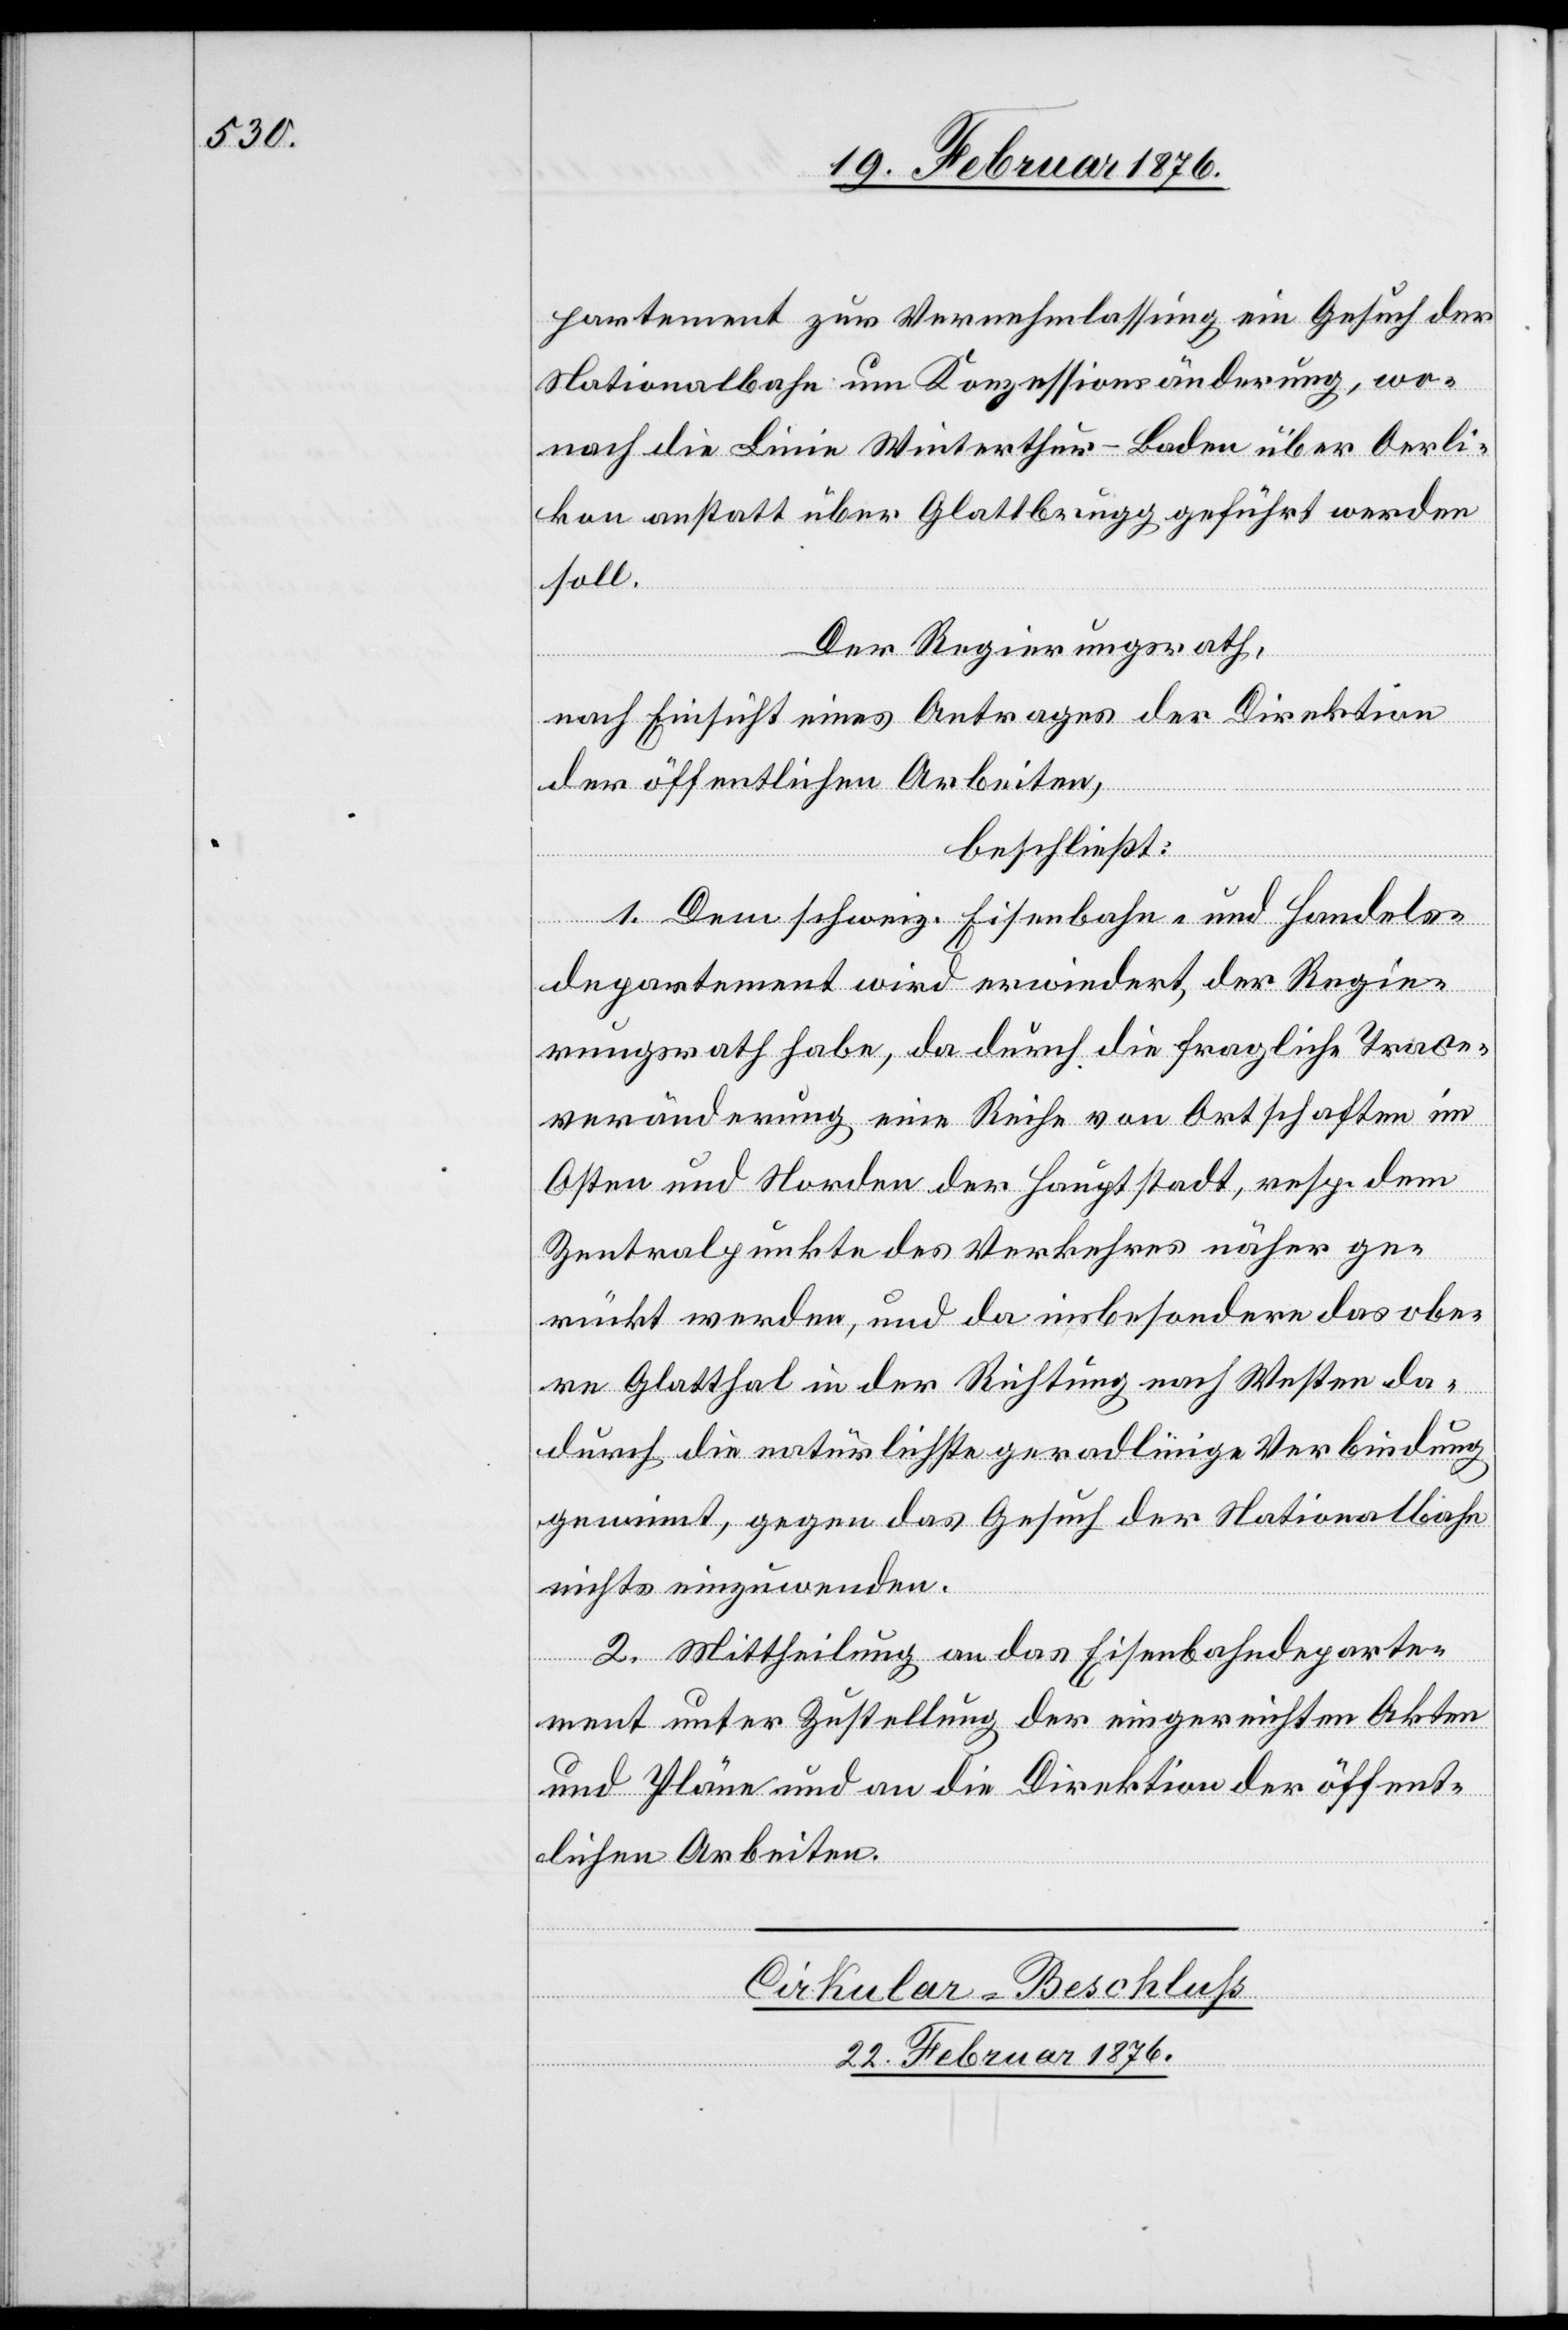
partement zur Vernehmlassung ein Gesuch der
Nationalbahn um Konzessionsänderung, wo¬
nach die Linie Winterthur–Baden über Oerli¬
kon anstatt über Glattbrugg geführt werden
soll.
Der Regierungsrath,
nach Einsicht eines Antrages der Direktion
der öffentlichen Arbeiten,
beschließt:
1. Dem schweiz. Eisenbahn- und Handels¬
departement wird erwiedert, der Regie¬
rungsrath habe, da durch die fragliche Trace¬
veränderung eine Reihe von Ortschaften im
Osten und Norden der Hauptstadt, resp. dem
Zentralpunkte des Verkehres näher ge¬
rückt werden, und da insbesondere das obe¬
re Glatthal in der Richtung nach Westen da¬
durch die natürlichste geradlinige Verbindung
gewinnt, gegen das Gesuch der Nationalbahn
nichts einzuwenden.
2. Mittheilung an das Eisenbahndeparte¬
ment unter Zustellung der eingereichten Akten
und Pläne und an die Direktion der öffent¬
lichen Arbeiten.
Cirkular-Beschluss
22. Februar 1876.